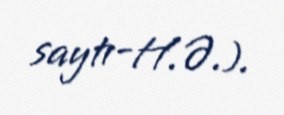
saytı-H.Ə.).